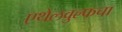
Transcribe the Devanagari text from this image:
एथेलवुल्फचा